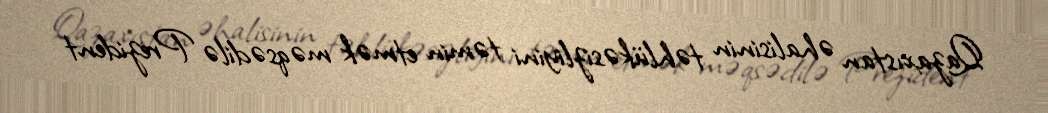
Qazaxıstan əhalisinin təhlükəsizliyini təmin etmək məqsədilə Prezident